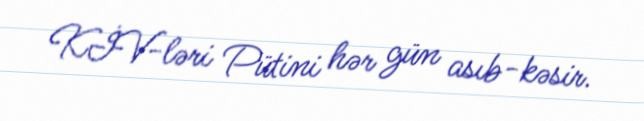
KİV-ləri Pütini hər gün asıb-kəsir.